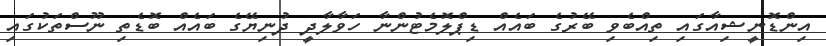
އިންޑޮނީޝިއާގައި ތިއްބެވި ބޭރުގެ ބައެއް ޑިޕްލޮމެޓުންނާ ހަވާލާދީ ދުނިޔޭގެ ބައެއް ބޮޑެތި ނޫސްތަކުގައި